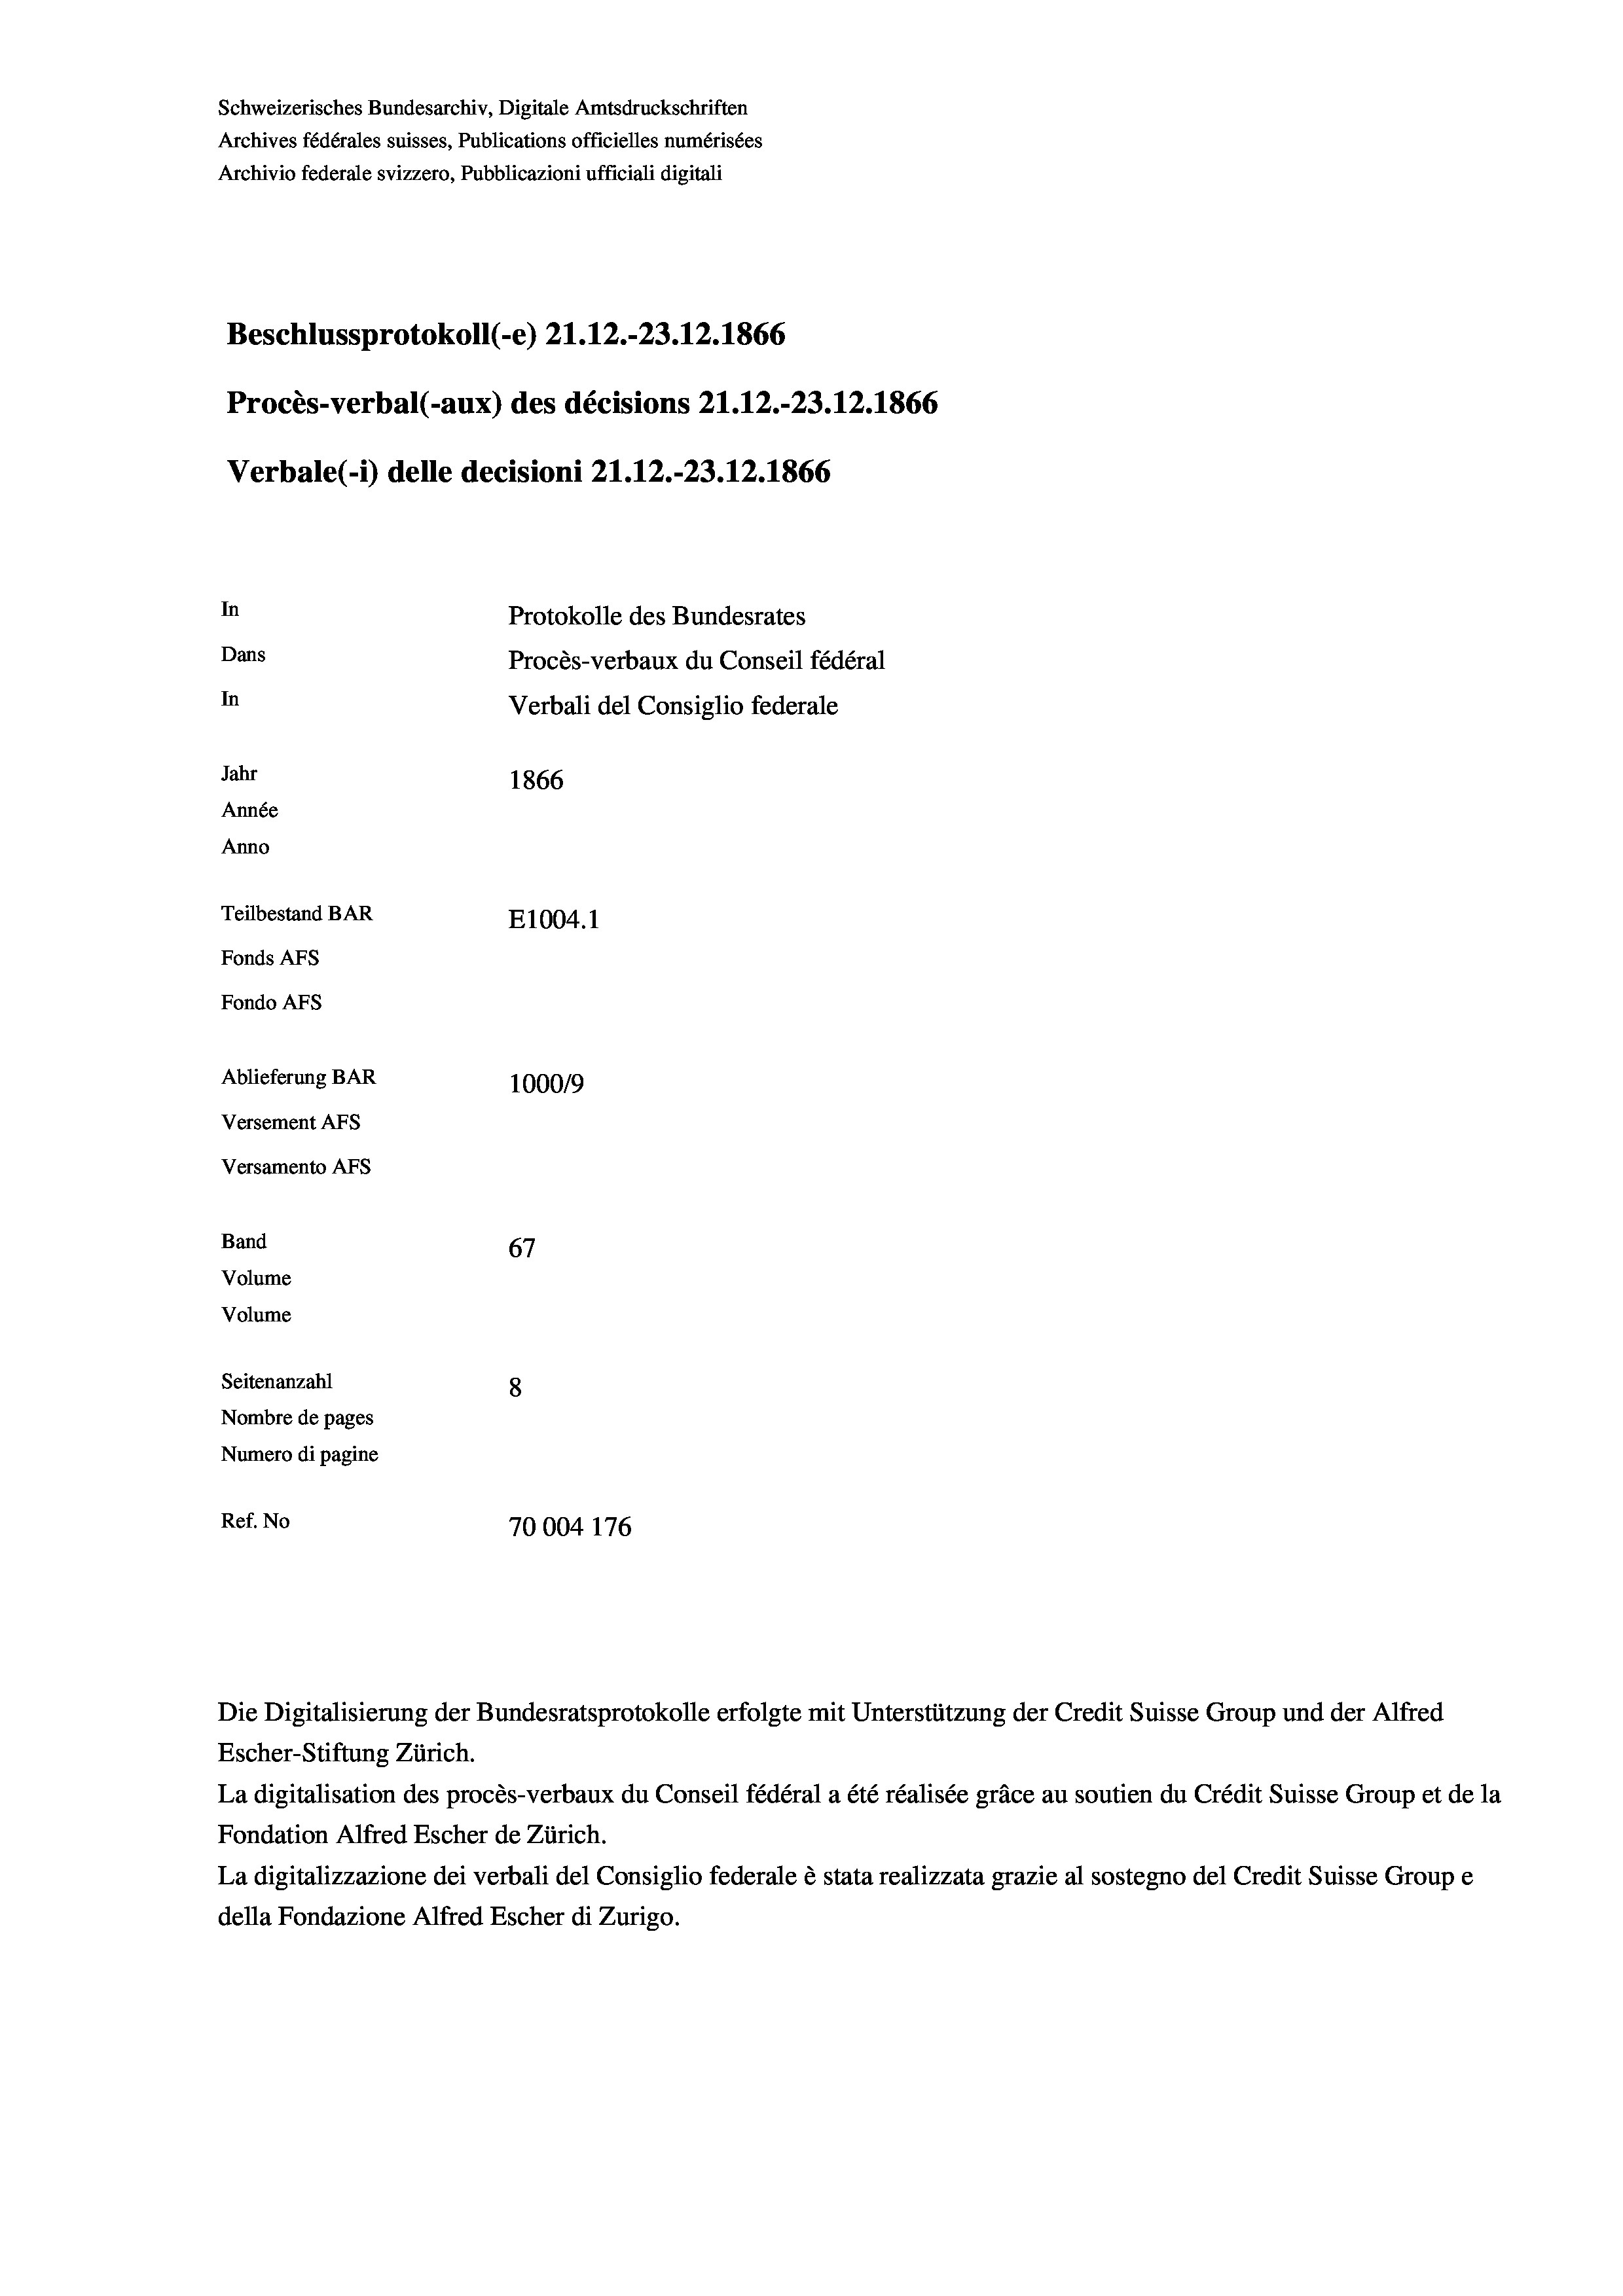
Schweizerisches Bundesarchiv, Digitale Amtsdruckschriften
Archives fédérales suisses, Publications officielles numérisées
Archivio federale svizzero, Pubblicazioni ufficiali digitali
Beschlussprotokoll (-e) 21.12.-23.12.1866
Procès-verbal (-aux) des décisions Z1.12.-23.12.1866
Verbale(-*) delle decisioni 21.12.-23.12.1866
In
Protokolle des Bundesrates
Dans
Procès-verbaux du Conseil fédéral
In
Verbali del Consiglio federale
Jahr
1866
Année
Anno
Teilbestand BAR
E1004.1
Fonds AFs
Fondo AFS
Ablieferung BAR
100019
Versement AFs

Versamento AFs
Band
Volume
Volume
Seitenanzahl

67
8
Nombre de pages
Numero di pagine
Ref. No
70004 176

Escher-Stiftung Zürich.
La digitalisation des procès-verbaux du Conseil fédéral a été réalisée gräce au soutien du Crédit Suisse Group et de la
Fondation Alfred Escher de Zürich.
La digitalizzazione dei verbali del Consiglio federale è stata realizzata grazie al sostegno del Credit Suisse Groupe
della Fondazione Alfred Escher di Zurigo.

Die Digitalisierung der Bundesratsprotokolle erfolgte mit Unterstützung der Credit Suisse Group und der Alfred